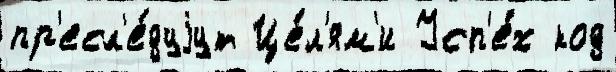
пр'есл'е́дуjут Це́л'ям'и Усп'е́х код